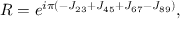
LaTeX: { \cal R } = e ^ { i \pi \left( - J _ { 2 3 } + J _ { 4 5 } + J _ { 6 7 } - J _ { 8 9 } \right) } ,